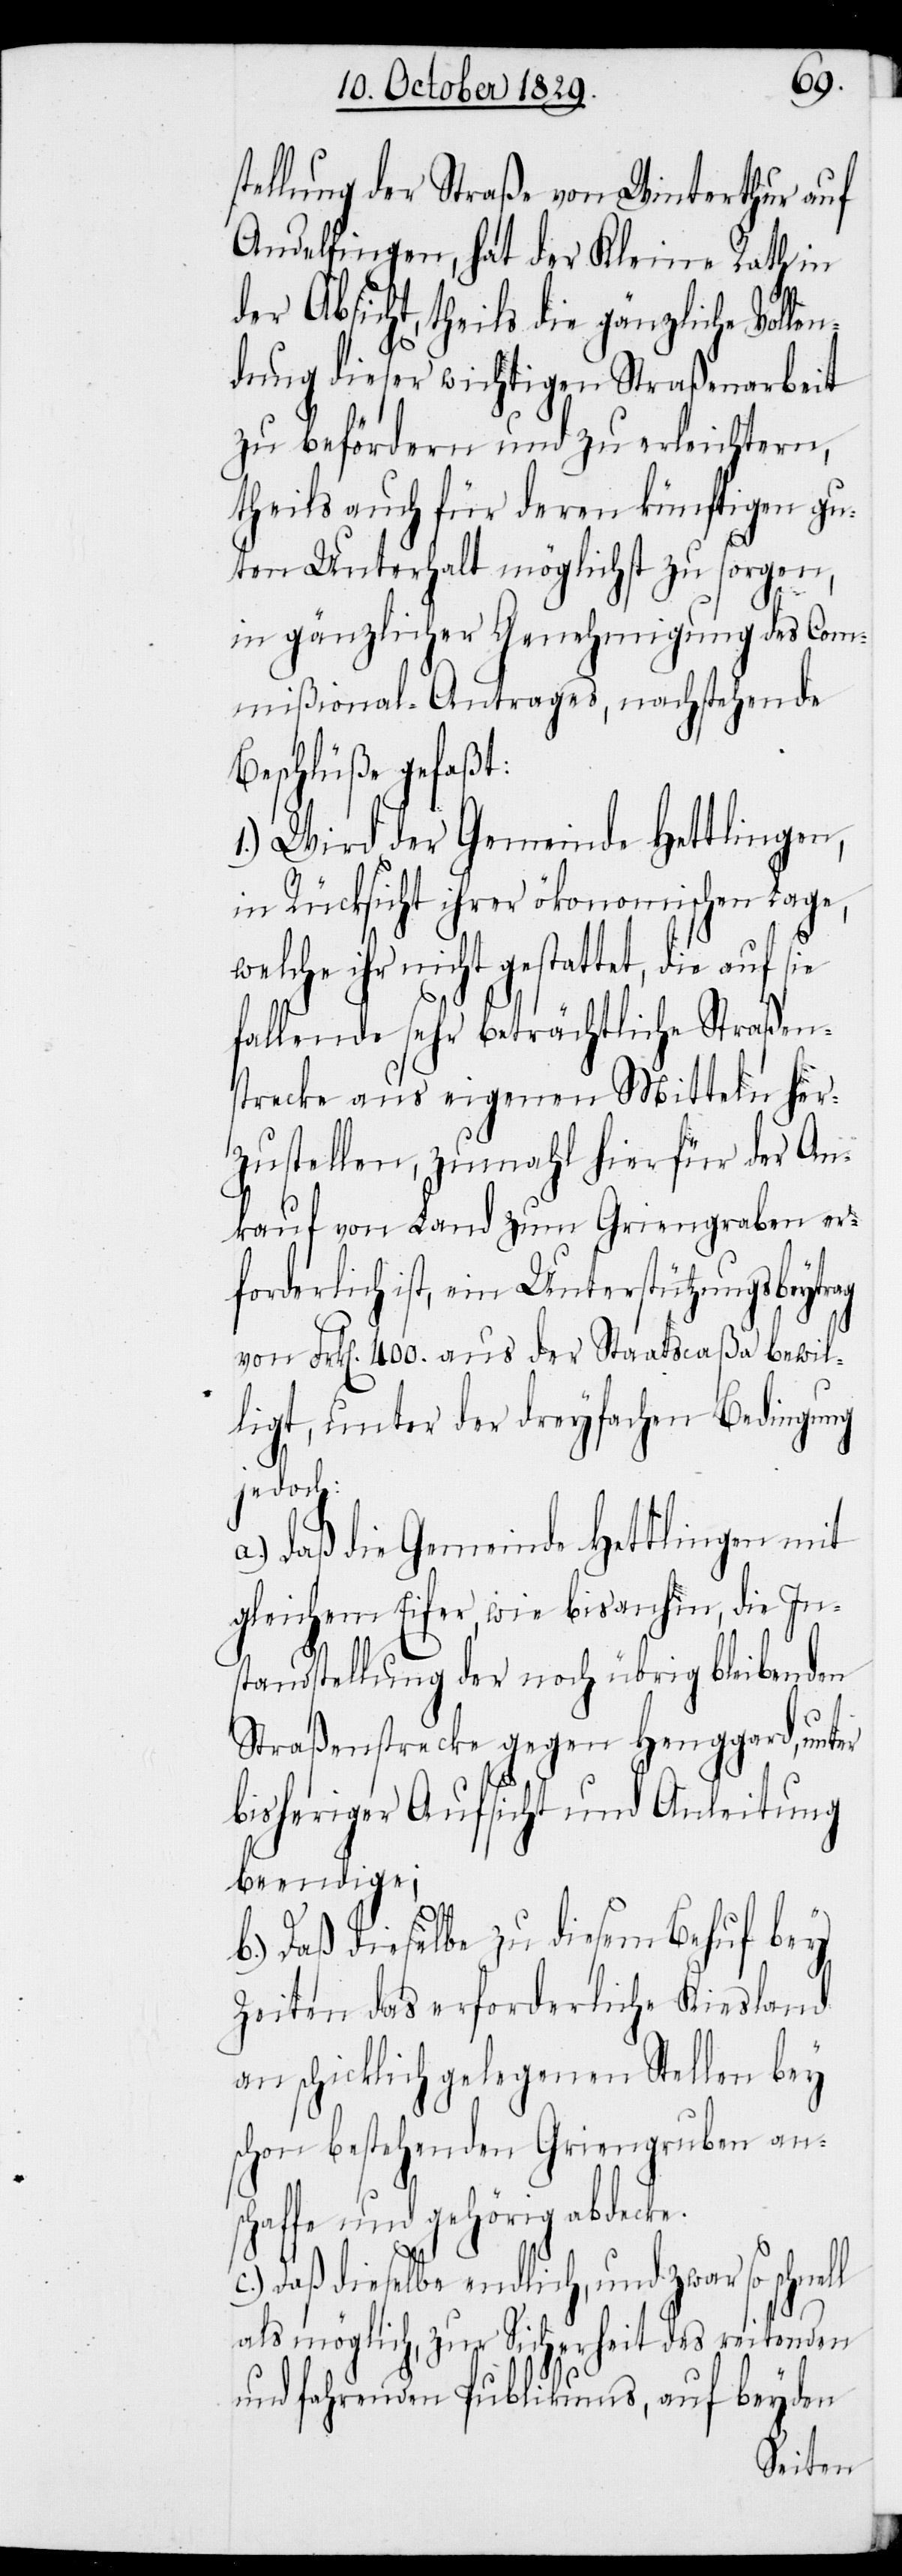
stellung der Straße von Winterthur auf
Andelfingen, hat der Kleine Rath in
der Absicht, theils die gänzliche Volle¬
ndung dieser wichtigen Straßenarbeit
zu befördern und zu erleichtern,
theils auch für deren künftigen gu¬
ten Unterhalt möglichst zu sorgen,
in gänzlicher Genehmigung des Com¬
mißional-Antrages, nachstehende
Beschlüße gefaßt:
1.) Wird der Gemeinde Hettlingen,
in Rücksicht ihrer ökonomischen Lage,
welche ihr nicht gestattet, die
fallende sehr beträchtliche Straßen¬
strecke aus eigenen Mitteln her¬
zustellen, zumahl hierfür der An¬
kauf von Land zum Griengraben er¬
forderlich ist, ein Unterstützungsbeytrag
von Frk[en]. 400. aus der Staatscaßa bewil¬
ligt, unter der dreyfachen Bedingung
jedoch:
a.) daß die Gemeinde Hettlingen mit
gleichem Eifer, wie bisanhin, die In¬
standstellung der noch übrig bleibenden
Straßenstrecke gegen Henggard, unter
bisheriger Aufsicht und Anleitung
beendige;
b.) Daß dieselbe zu diesem Behuf bey
Zeiten das erforderliche Kiesland
an schicklich gelegenen Stellen bey
schon bestehenden Griengruben an¬
schaffe und gehörig abdecke.
Daß dieselbe endlich, und zwar so
als möglich, zur Sicherheit des reitenden
und fahrenden Publikums, auf beyden